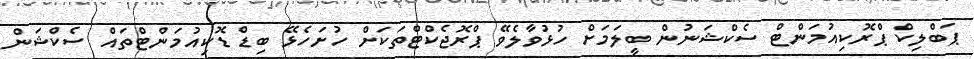
ޕަބްލިކް ޕްރޮކިއުމަންޓް ސެކްޝަނުން ބީލަމަށް ހުޅުވާލެވޭ ޕްރޮޖެކްޓްތަކަށް ހުށަހެޅޭ ބިޑް ޑޮކިއުމަންޓްތައް ސެކްޝަން